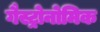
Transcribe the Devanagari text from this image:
गैस्ट्रोनोमिक